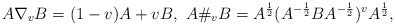
\begin{align*}A\nabla _v B=(1-v)A+v B,~A\# _v B=A^{\frac{1}{2}}(A^{-\frac{1}{2}}BA^{-\frac{1}{2}})^v A^{\frac{1}{2}},~\end{align*}